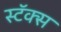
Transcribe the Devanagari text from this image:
स्टॅक्स